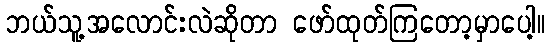
ဘယ်သူ့အလောင်းလဲဆိုတာ ဖော်ထုတ်ကြတော့မှာပေါ့။